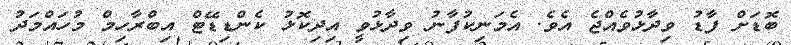
ބޮޑަށް ފާޑު ވިދާޅުވެއްޖެ އެވެ. އެމަނިކުފާނު ވިދާޅުވީ އިދިކޮޅު ކެންޑިޑޭޓް އިބްރާހިމް މުހައްމަދު